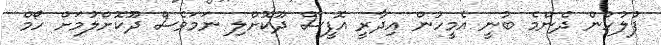
ފުލުހުން ދެންމެ ބުނީ އެމީހުން އިދާރީ އޮފީސް ދޫކޮށްލި ނަމަވެސް ދޫކޮށްލުމަށް ހޯމް